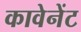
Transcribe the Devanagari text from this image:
कावेनेंट